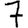
Digit: 7